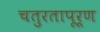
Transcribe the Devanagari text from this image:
चतुरतापूर्ण